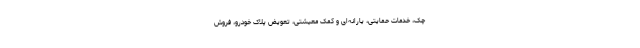
چک، خدمات حمایتی، یارانه‌ای و کمک معیشتی، تعویض پلاک خودرو، فروش